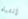
إنتباه